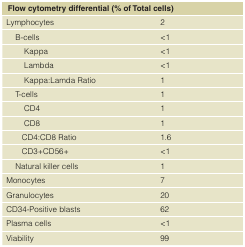
<table><thead><tr><td colspan="2"><b>Flow cytometry differential (% of Total cells)</b></td></tr></thead><tbody><tr><td>Lymphocytes</td><td>2</td></tr><tr><td>B-cells</td><td>&lt;1</td></tr><tr><td>Kappa</td><td>&lt;1</td></tr><tr><td>Lambda</td><td>&lt;1</td></tr><tr><td>Kappa:Lamda Ratio</td><td>1</td></tr><tr><td>T-cells</td><td>1</td></tr><tr><td>CD4</td><td>1</td></tr><tr><td>CD8</td><td>1</td></tr><tr><td>CD4:CD8 Ratio</td><td>1.6</td></tr><tr><td>CD3+CD56+</td><td>&lt;1</td></tr><tr><td>Natural killer cells</td><td>1</td></tr><tr><td>Monocytes</td><td>7</td></tr><tr><td>Granulocytes</td><td>20</td></tr><tr><td>CD34-Positive blasts</td><td>62</td></tr><tr><td>Plasma cells</td><td>&lt;1</td></tr><tr><td>Viability</td><td>99</td></tr></tbody></table>